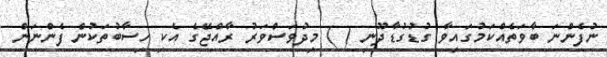
ނުފެންނަ ބާވަތެއްކަމުގައިވާ ގުޑުގުޑާދޫނި ( ) މިދުވަސްވަރު ރާއްޖޭގެ އެކި ހިސާބުތަކުން ފެންނަން